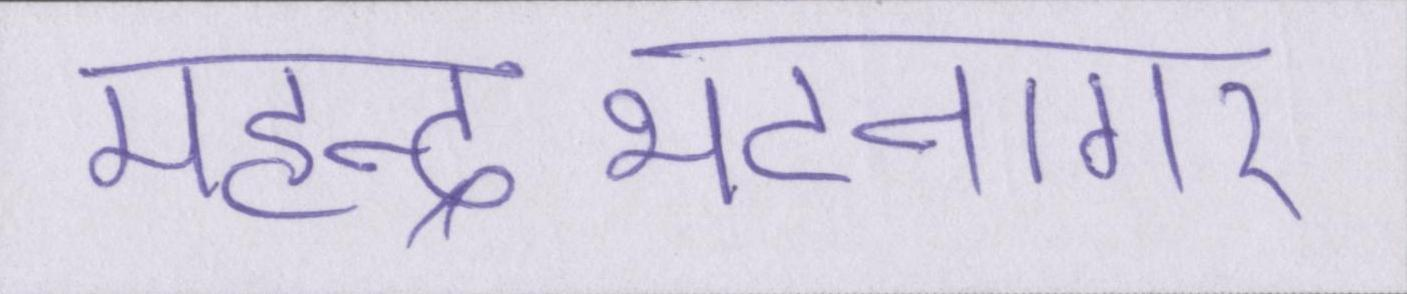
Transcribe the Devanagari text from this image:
महेन्द्रभटनागर